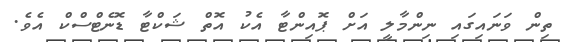
ތިން ވަނައިގައި ނިންމާލީ އަށް ޕޮއިންޓާ އެކު އޮތް ޝަކްޓާ ޑޮނެޓްސްކް އެވެ.